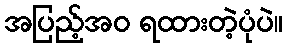
အပြည့်အဝ ရထားတဲ့ပုံပဲ။